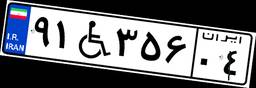
۹۱W۳۵۶۰۴